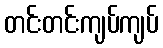
တင်းတင်းကျပ်ကျပ်